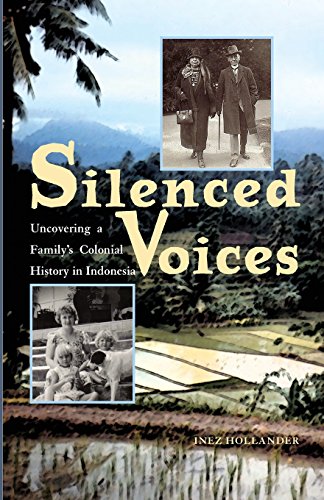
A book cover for Silenced Voices: Uncovering a Family's Colonial History in Indonesia (Ohio RIS Southeast Asia Series); Inez Hollander; History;